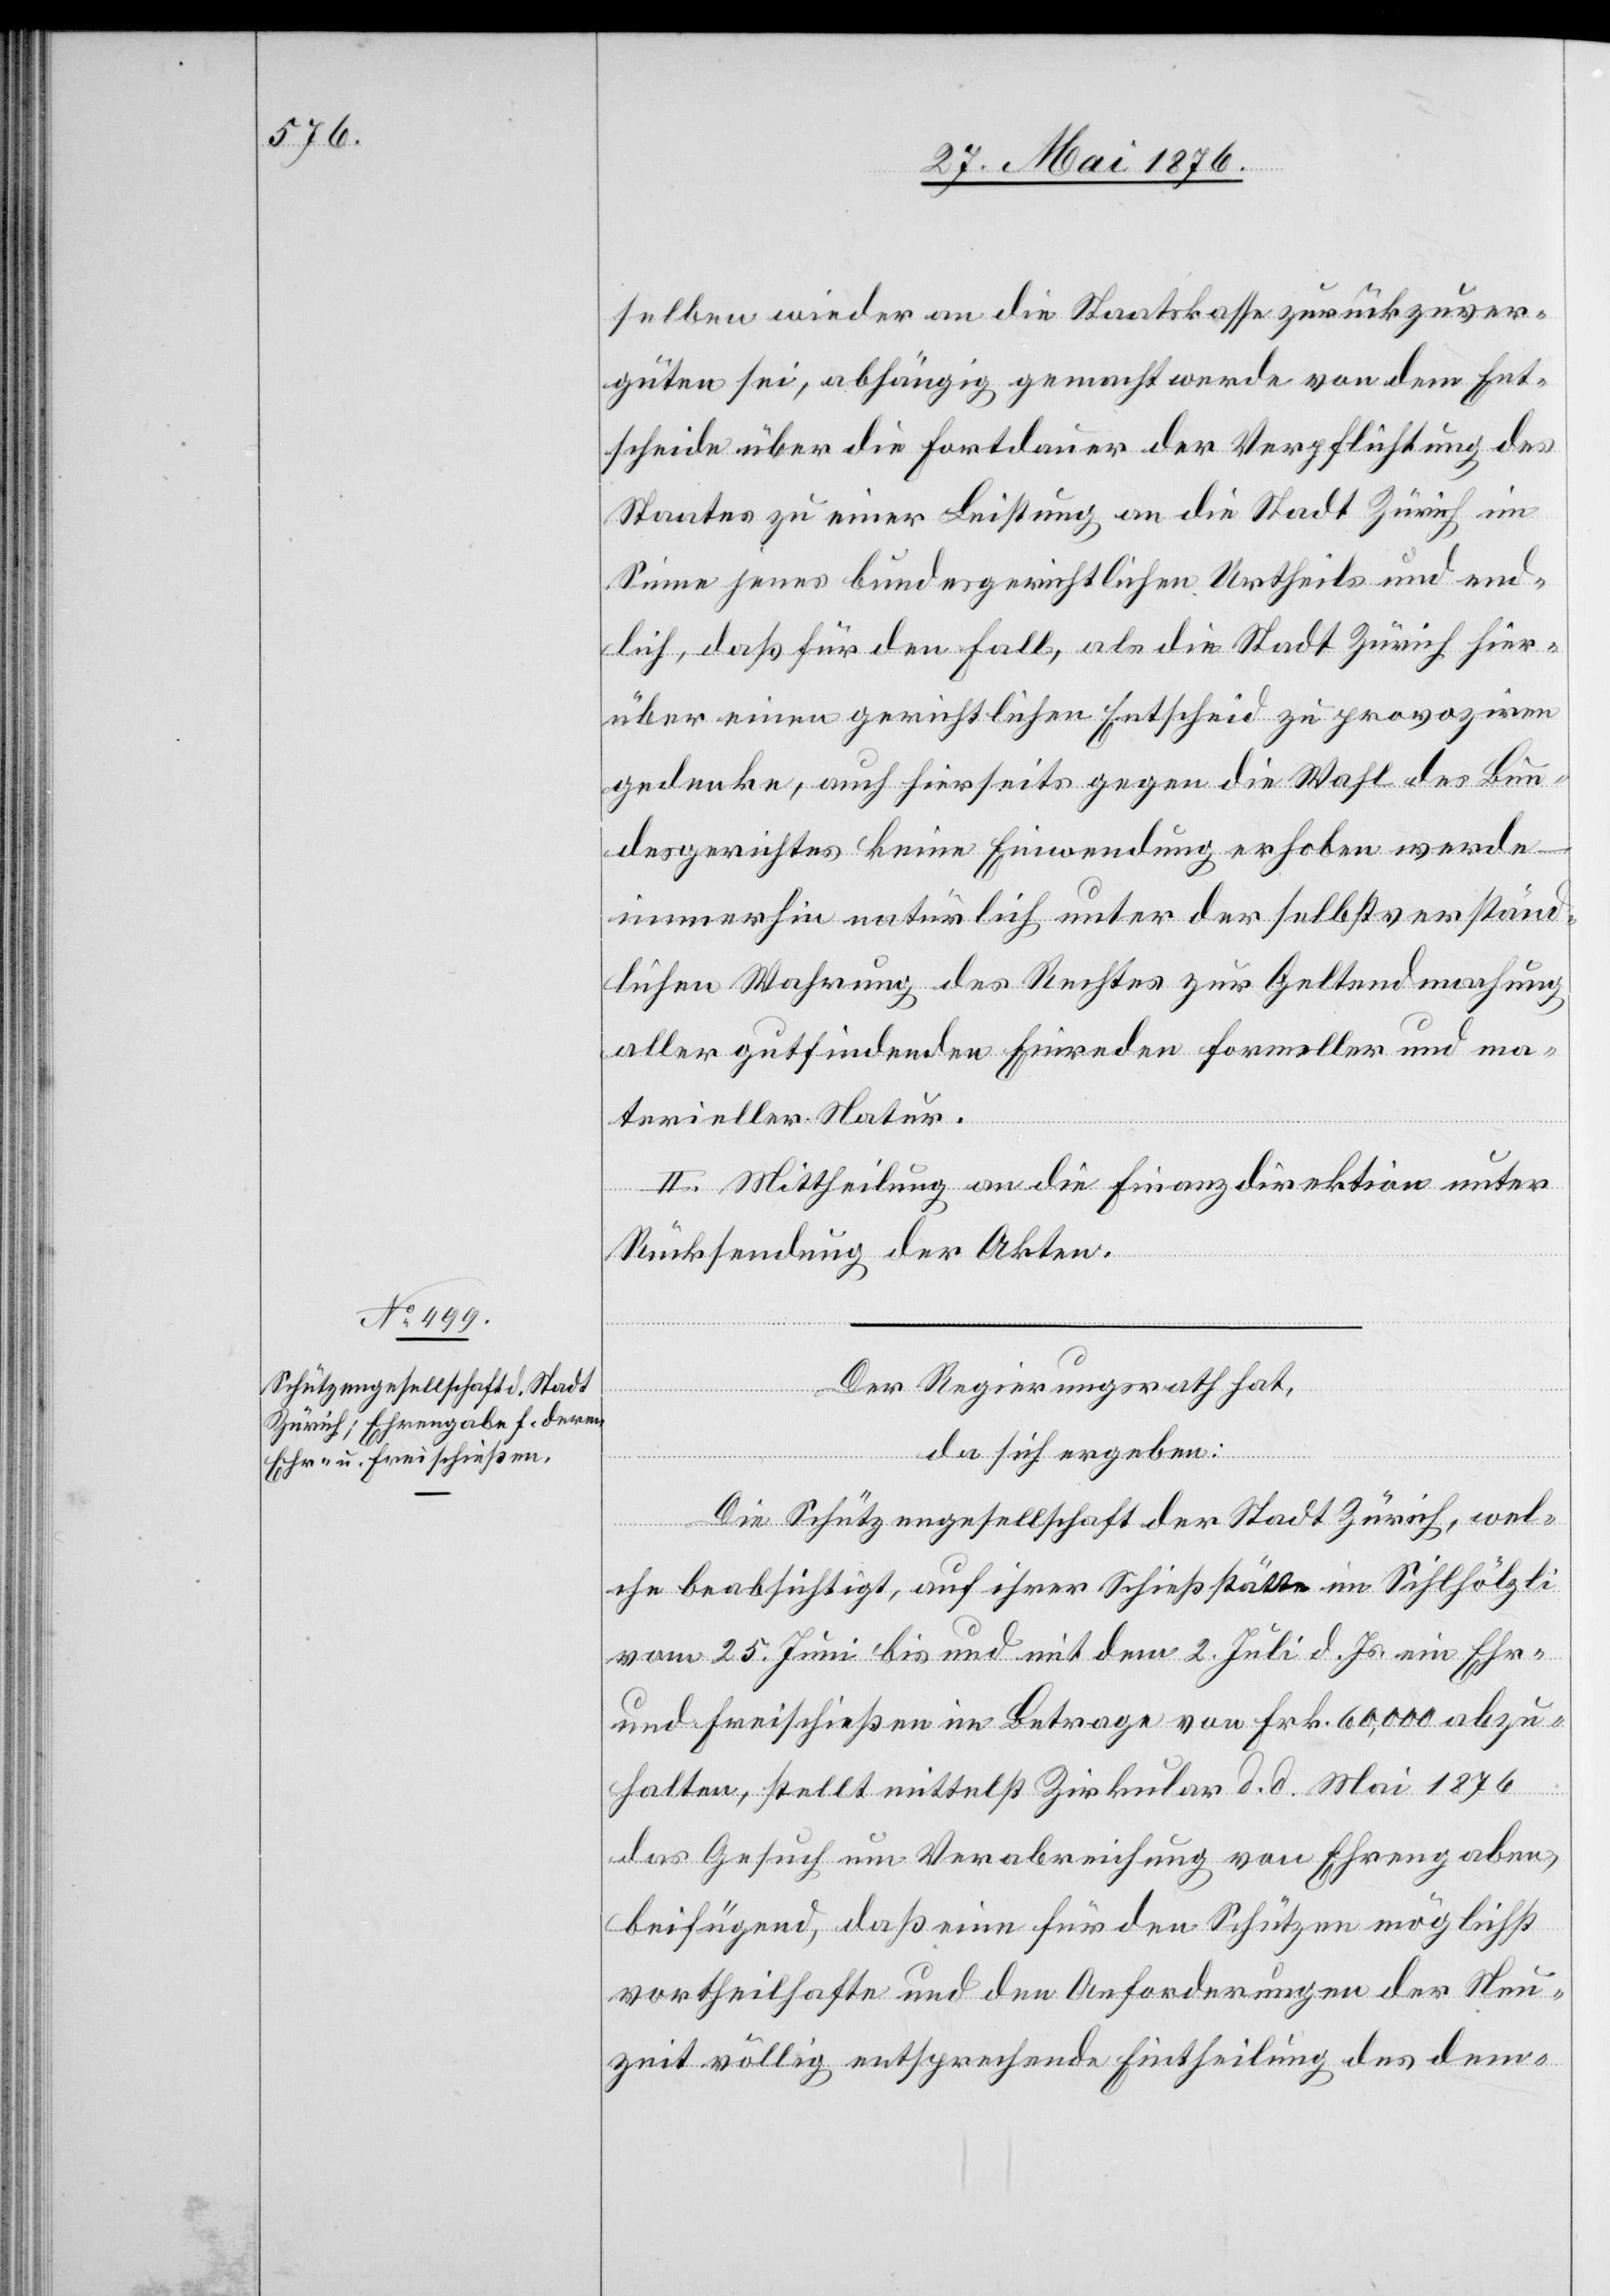
selben wieder an die Staatskasse zurückzuver¬
güten sei, abhängig gemacht werde von dem Ent¬
scheide über die Fortdauer der Verpflichtung des
Staates zu einer Leistung an die Stadt Zürich im
Sinne jenes bundesgerichtlichen Urtheils und end¬
lich, daß für den Fall, als die Stadt Zürich hier¬
übereinen gerichtlichen Entscheid zu provoziren
gedenke, auch hierseits gegen die Wahl des Bun¬
desgerichtes keine Einwendung erhoben werde
immerhin natürlich unter der selbstverständ¬
lichen Wahrung des Rechtes zur Geltendmachung
aller gutfindenden Einreden formeller und ma¬
terieller Natur.
II. Mittheilung an die Finanzdirektion unter
Rücksendung der Akten.
Der Regierungsrath hat,
da sich ergeben:
Die Schützengesellschaft der Stadt Zürich, wel¬
che beabsichtigt, auf ihrer Schießstätte im Sihlhölzli
vom 25. Juni bis und mit dem 2. Juli d. Js. ein Ehr-
und Freischießen im Betrage von Frk. 60,000 abzu¬
halten, stellt mittelst Zirkular d. d. Mai 1876
das Gesuch um Verabreichung von Ehrengaben,
beifügend, daß eine für den Schützen möglichst
vortheilhafte und den Anforderungen der Neu¬
zeit völlig entsprechende Eintheilung des dem-